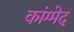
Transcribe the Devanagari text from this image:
कांग्मेद